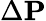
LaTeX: \Delta\mathbf{P}